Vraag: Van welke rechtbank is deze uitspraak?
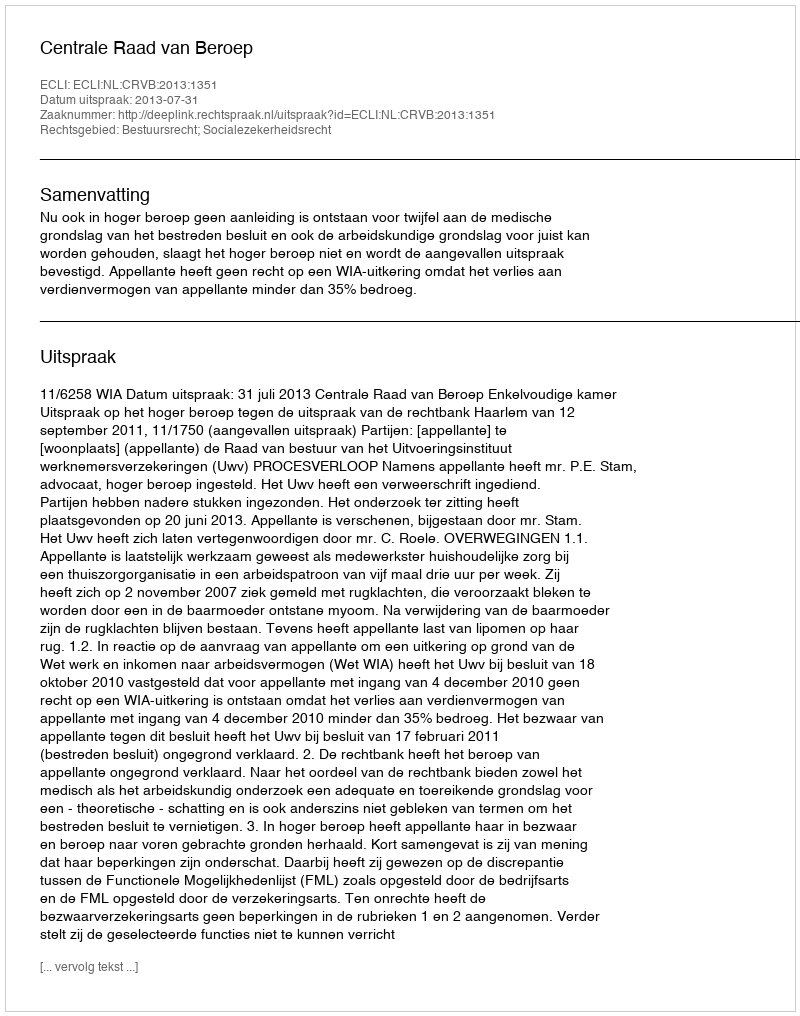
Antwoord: Centrale Raad van Beroep